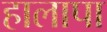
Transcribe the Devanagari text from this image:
हालापा